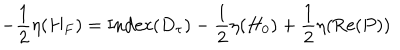
- { \frac { 1 } { 2 } } \eta ( H _ { F } ) = \mathrm { I n d e x } ( D _ { \tau } ) - { \frac { 1 } { 2 } } \eta ( H _ { 0 } ) + { \frac { 1 } { 2 } } \eta ( \mathrm { R e } ( { P } ) )